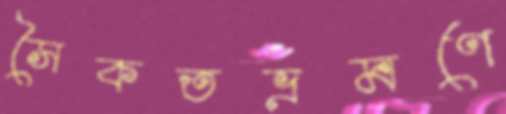
সৈকতভ্রমণে